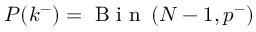
P ( k ^ { - } ) = \mathrm { ~ B ~ i ~ n ~ } \left( N - 1 , p ^ { - } \right)